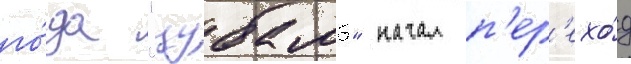
го́да "цубамэ" начал п'ер'ехо́д